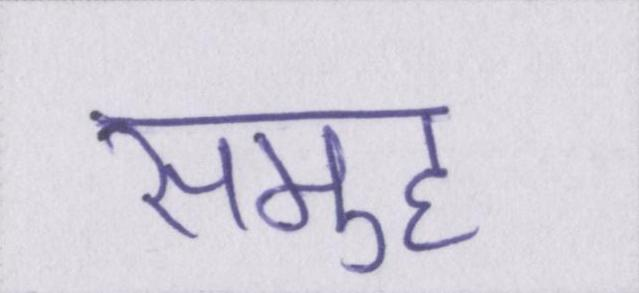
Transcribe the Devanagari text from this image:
समुह